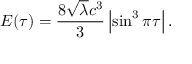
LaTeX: E ( \tau ) = \frac { 8 \sqrt { \lambda } c ^ { 3 } } { 3 } \left| \sin ^ { 3 } \pi \tau \right| .